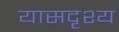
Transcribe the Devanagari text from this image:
यासदृश्य